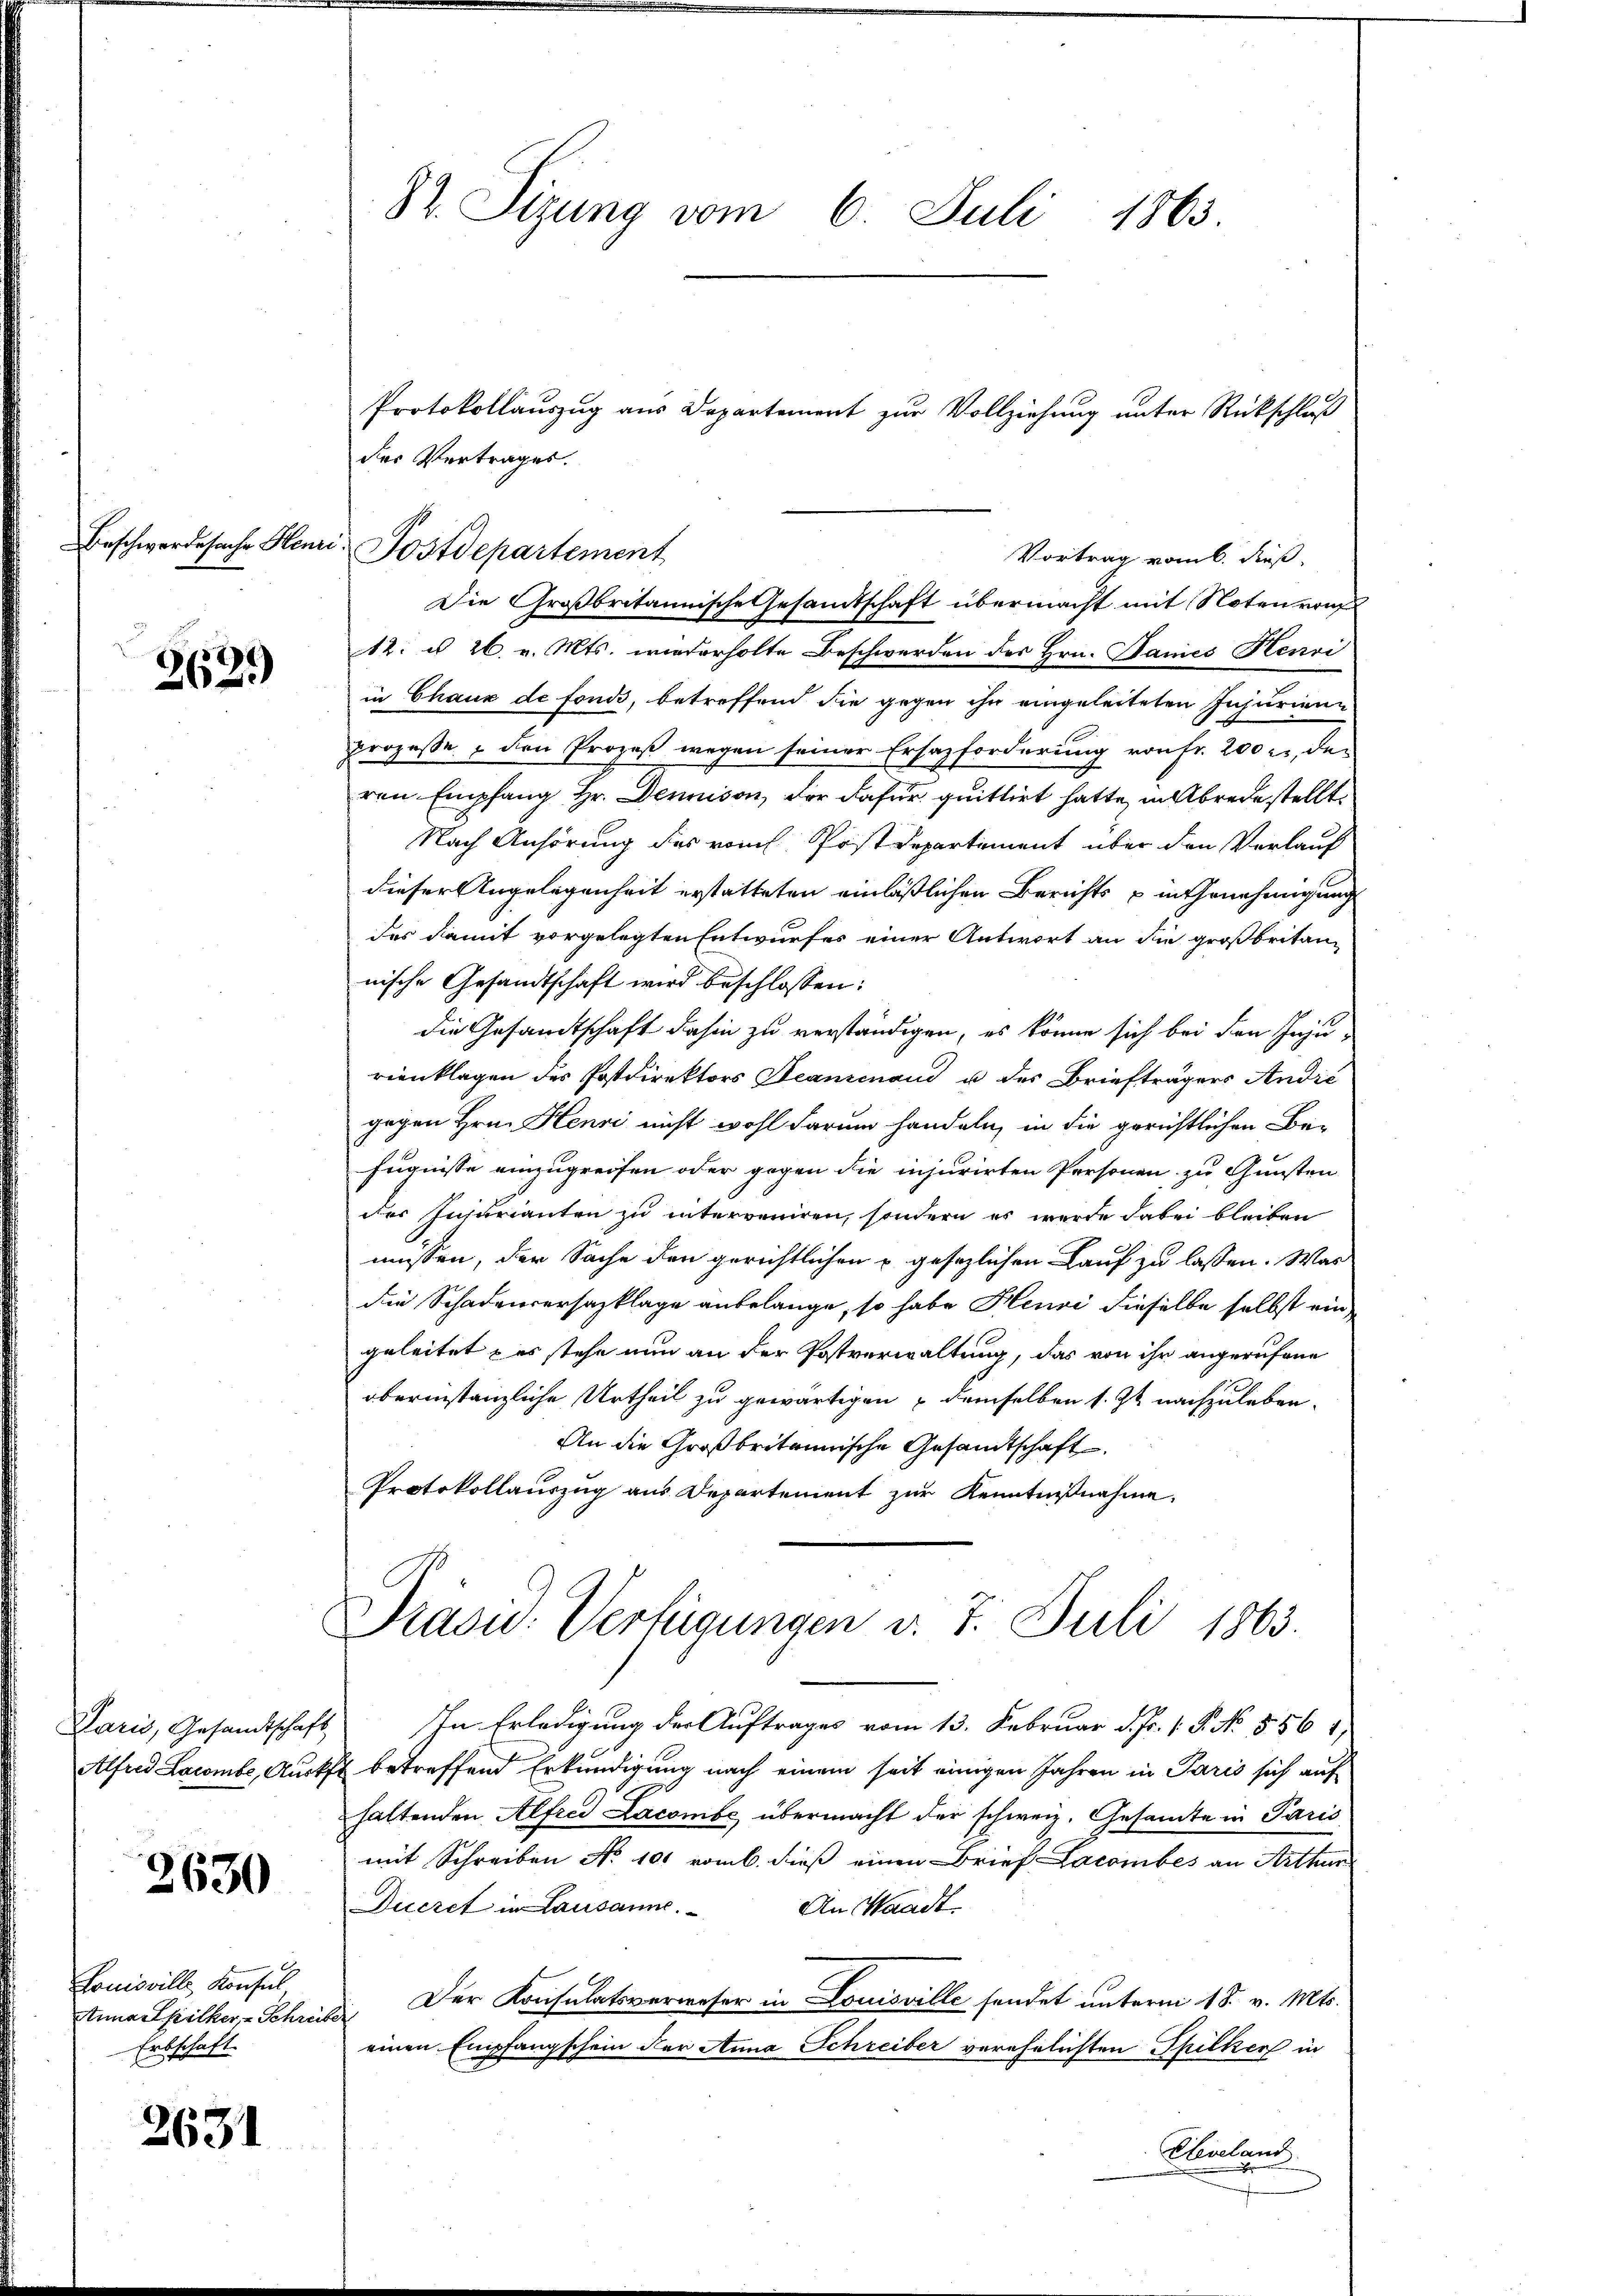
2639

2630

Louisville Konsul
Stia epilker, Schrei
Erbschaft.

2631

82. Sizung vom 6. Juli 1863

12. d. 26. v. Mts. wiederholte Beschwerden des Hrn. Dames Henri
in Chaux de fonds, betreffend die gegen ihn eingeleiteten Injurienn
prozesse den Prozeß wegen seiner Ersazforderung von Fr. 200 l., deren Empfang Hr. Denison, der dafür. quittirt hatte, in Abrede stellt.
Nach Anhörung des vom Postdepartement über den Verlauf
dieser Angelegenheit erstatteten einläßlichen Berichts u in Genehmigung
des damit vorgelegten Entwurfes einer Antwort an die großbritan-
nische Gesandtschaft wird beschlossen:
die Gesandtschaft dahin zu verständigen, es könne sich bei den Injurienklagen des Postdirektors Beaminand u. des Briefträgers Andić
gegen Hrn. Henri nicht wohl darum handeln, in die gerichtlichen Befugnisse einzugreifen oder gegen die injurirten Personen, zu Gunsten
der Insurianten zu interveniren, sondern es wurde dabei bleiben
müssen, der Sache den gerichtlichen gesezlichen Lauf zu lassen. Was
die Schadenversazklage anbelange, so habe Henri dieselbe selbst ein
geleitet & es stehe nun an der Postverwaltung, das von ihr angerufene
oberinstanzliche Urtheil zu gewärtigen demselben s. Zt. nachzuleben.
An die Großbritannische Gesandtschaft
Protokollauszug aus Departement zŭr Kenntniβnahme.
Prasis. Verfügungen v. 7. Juli 1863.
Paris, Gesandtschaft) In Erledigung der Auftrages vom 13. Februar d. Fr. 1. P. No. 556 1/
Alfred Larombe, Ausker betreffend Erkundigung nach einem seit einigen Jahren in Paris sich auf
haltenden Alfred Lacombe, übermacht der schweiz. Gesandte in Paris
mit Schreiben No 101 vom 6. dieß einen Brief Lacombes an Arthur
Duczet in Lausanne.
An Waadt,
Der Konsulatsverweser in Louisville sendet unterm 18. v. Mts.
f
einen Empfangschein der Anna Schreiber verehelichten Spilken in
Eleueland.

der Vertrages.

Protokollauszug aus Departement zur Vollziehung unter Rückschluß
Beschwerde sache Henri Postdepartement
Vortrag vom 6. Fuß,
Die Großbritannische Gesamtschaft übermacht mit Noten rauf